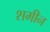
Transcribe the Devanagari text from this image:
शमीन